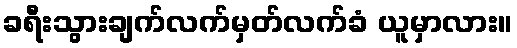
ခရီးသွားချက်လက်မှတ်လက်ခံ ယူမှာလား။